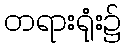
တရားရုံး၌